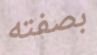
بصفته